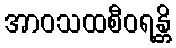
အာဝသထစီဝရန္တိ